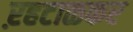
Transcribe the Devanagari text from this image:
ऱहटाळकर